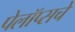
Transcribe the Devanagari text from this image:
पेलॉप्सचे